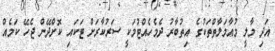
އަދި މާލީ މުއާމަލާތްތަކުގެ އިތުބާރު ދެމެހެއްޓުމަކީ ސަރުކާރަށް ޓަކައި ކޮށްދޭން ޖެހޭ ކަމެއް